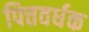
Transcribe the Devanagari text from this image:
पित्तवर्धक